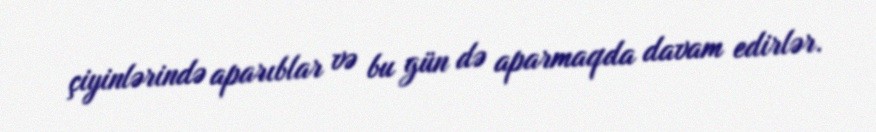
çiyinlərində aparıblar və bu gün də aparmaqda davam edirlər.